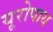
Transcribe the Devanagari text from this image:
यूरोपाय